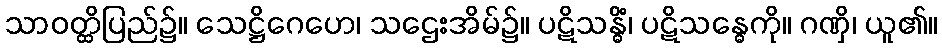
သာဝတ္ထိပြည်၌။ သေဋ္ဌိဂေဟေ၊ သဌေးအိမ်၌။ ပဋိသန္ဓိံ၊ ပဋိသန္ဓေကို။ ဂဏှိ၊ ယူ၏။